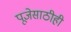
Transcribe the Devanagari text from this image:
पूजेसाठीही